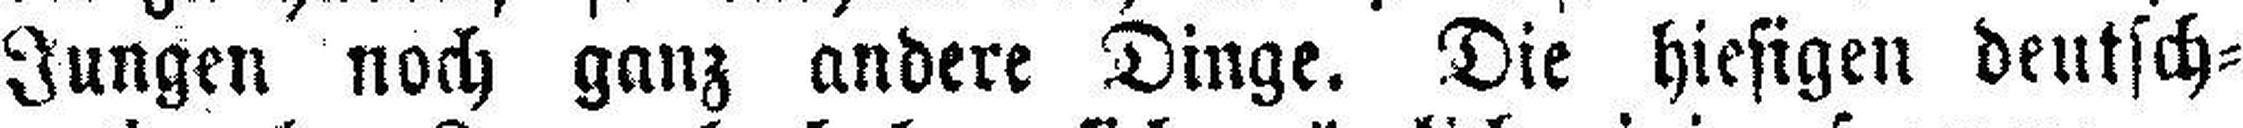
Jungen noch ganz andere Dinge. Die hiesigen deutsch¬